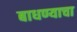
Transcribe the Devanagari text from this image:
बाधण्याचा